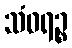
သံဝရဉ္စ